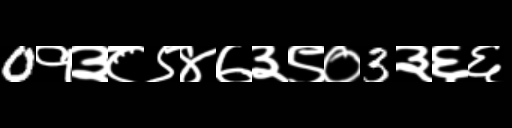
Text: 0१३८९४७३९०3३६६